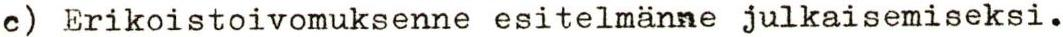
c) Erikoistoivomuksenne esitelmänne julkaisemiseksi.